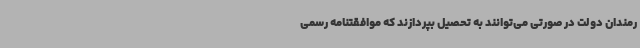
رمندان دولت در صورتی می‌توانند به تحصیل بپردازند که موافقتنامه رسمی